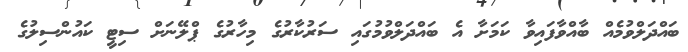
ބައްދަލްވުމެއް ބާއްވާފައިވާ ކަމަށާ އެ ބައްދަލްވުމުގައި ސަރުކާރުގެ މިހާރުގެ ޕްލޭނަށް ސިޓީ ކައުންސިލުގެ